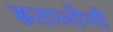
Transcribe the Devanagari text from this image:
सतालोभी